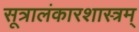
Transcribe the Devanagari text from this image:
सूत्रालंकारशास्त्रम्